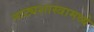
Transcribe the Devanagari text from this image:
नाट्यशास्त्रामध्ये